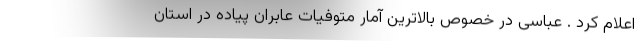
اعلام کرد . عباسی در خصوص بالاترین آمار متوفیات عابران پیاده در استان